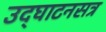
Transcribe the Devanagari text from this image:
उद्‍घाटनसत्र